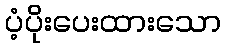
ပံ့ပိုးပေးထားသော